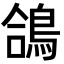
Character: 鴿